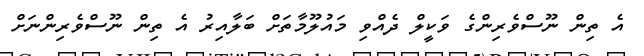
އެ ތިން ނޫސްވެރިންގެ ވަކީލް ދެއްވި މައުލޫމާތަށް ބަލާއިރު އެ ތިން ނޫސްވެރިންނަށް